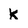
Character: k